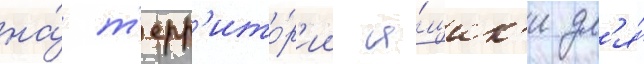
на́ т'ерр'ито́р'ии я́щик'и дл'я́